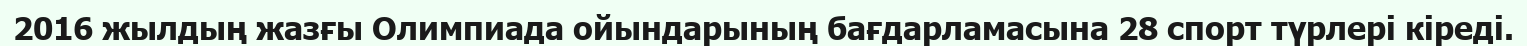
2016 жылдың жазғы Олимпиада ойындарының бағдарламасына 28 спорт түрлері кіреді.